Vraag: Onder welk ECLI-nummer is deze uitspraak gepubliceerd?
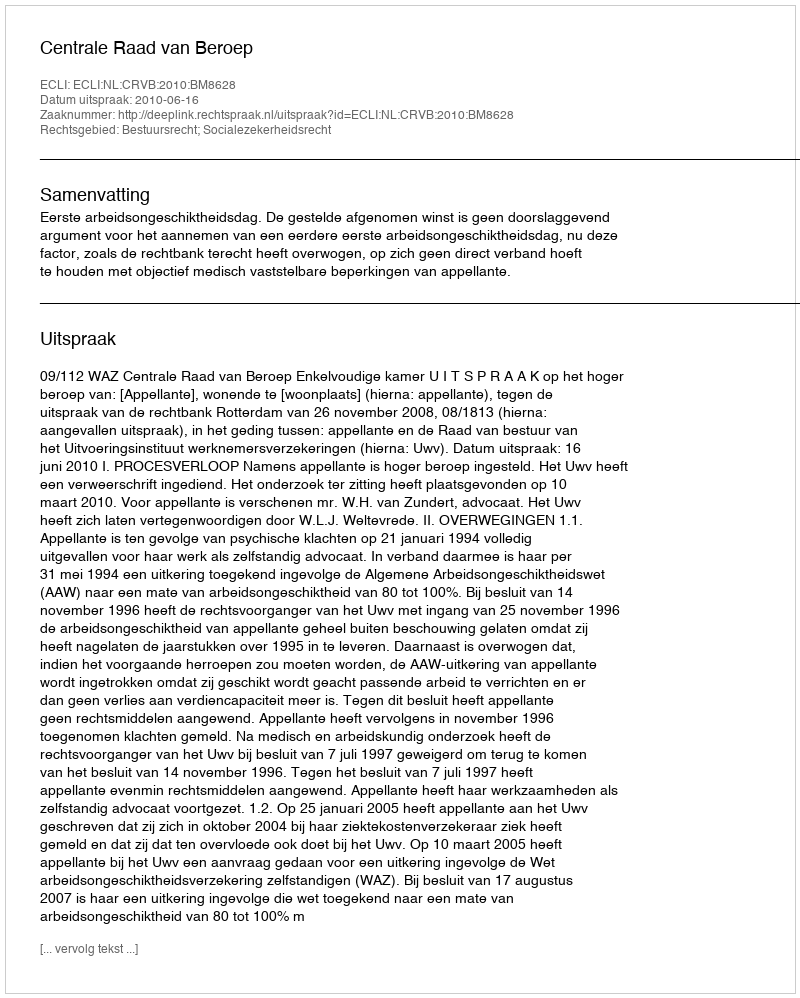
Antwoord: ECLI:NL:CRVB:2010:BM8628